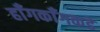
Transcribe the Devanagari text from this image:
हाँगकाँगकडे